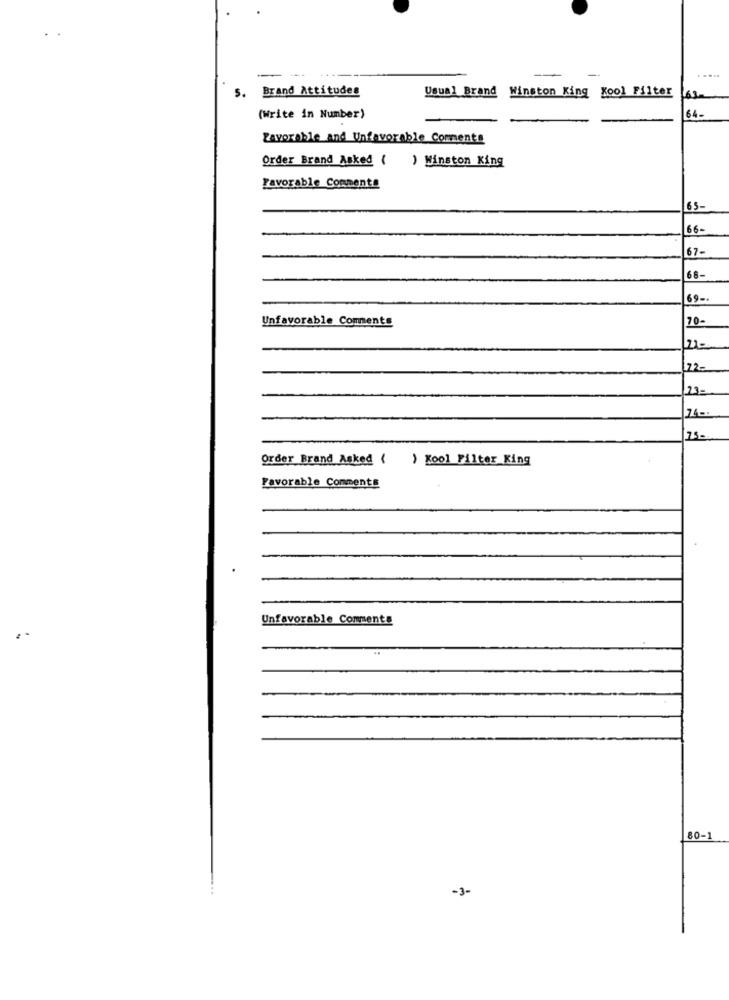
.....
Brand Attitudes
Usual Brand Winston King Kool Filter
s.
(Write in Number)
64-
Favorable and Unfavorable Comments
Order Brand Asked ( ) Winston King
Favorable Comments
65-
66-
67-
68-
69-
Unfavorable Comments
70-
21=
22-
23-
Order Brand Asked ( ) Kool Filter King
Favorable Comments
Unfavorable Comments
80-1
-3-